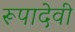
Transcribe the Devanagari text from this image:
रूपादेवी